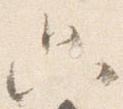
只